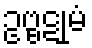
ဥဗ္ဗဋုမံ